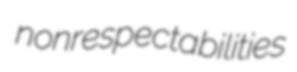
nonrespectabilities